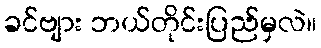
ခင်ဗျား ဘယ်တိုင်းပြည်မှလဲ။